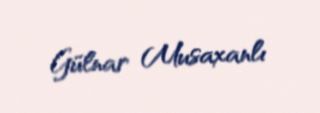
Gülnar Musaxanlı